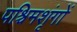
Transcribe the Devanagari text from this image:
पश्चिमशृंगों